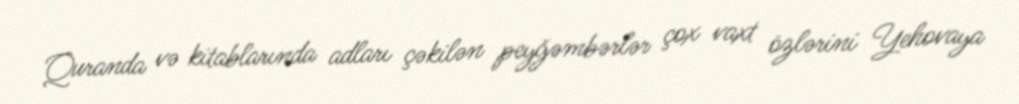
Quranda və kitablarında adları çəkilən peyğəmbərlər çox vaxt özlərini Yehovaya